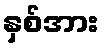
နှစ်အား